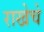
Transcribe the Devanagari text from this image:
राखेचे